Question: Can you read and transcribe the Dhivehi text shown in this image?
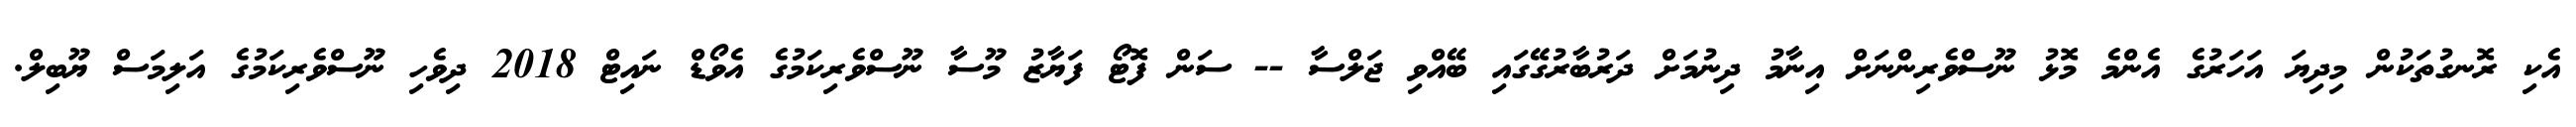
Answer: އެކި ރޮނގުތަކުން މިދިޔަ އަހަރުގެ އެންމެ މޮޅު ނޫސްވެރިންނަށް އިނާމު ދިނުމަށް ދަރުބާރުގޭގައި ބޭއްވި ޖަލްސާ -- ސަން ފޮޓޯ ފަޔާޒު މޫސާ ނޫސްވެރިކަމުގެ އެވޯޑް ނައިޓް 2018 ދިވެހި ނޫސްވެރިކަމުގެ އަލިމަސް ޔޫބިލް.